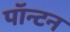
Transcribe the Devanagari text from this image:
पॉन्टन